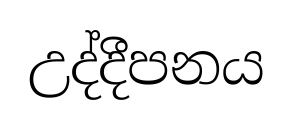
උද්දීපනය